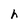
Character: h